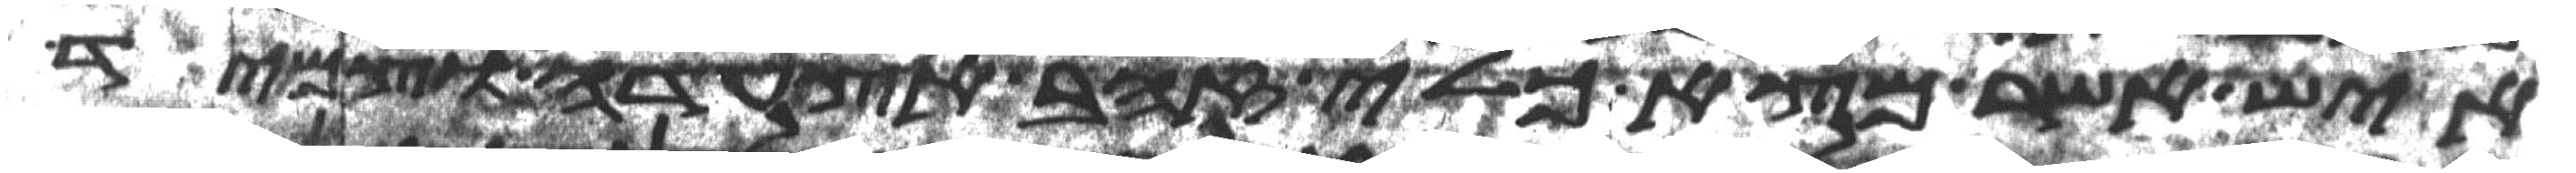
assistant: איש אשר מצא כלי זהב אצעדה וצמיד